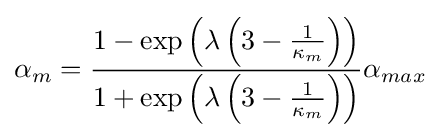
\alpha _{m}={\frac {1-\exp \left(\lambda \left(3-{\frac {1}{\kappa _{m}}}\right)\right)}{1+\exp \left(\lambda \left(3-{\frac {1}{\kappa _{m}}}\right)\right)}}\alpha _{max}